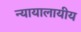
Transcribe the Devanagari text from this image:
न्यायालायीय